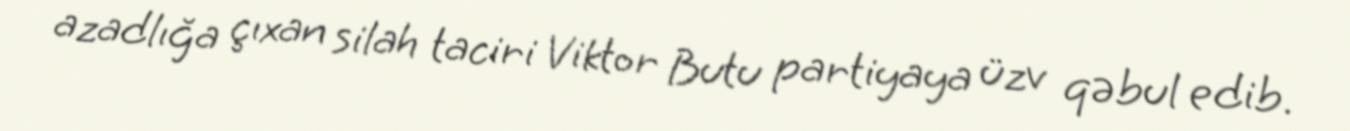
azadlığa çıxan silah taciri Viktor Butu partiyaya üzv qəbul edib.